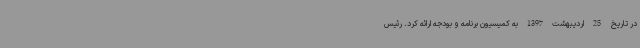
در تاریخ 25 اردیبهشت 1397 به کمیسیون برنامه و بودجه ارائه کرد. رئیس